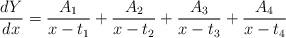
LaTeX: \begin{align*}\frac{dY}{dx}=\frac{A_1}{x-t_1}+\frac{A_2}{x-t_2}+\frac{A_3}{x-t_3}+\frac{A_4}{x-t_4}\end{align*}